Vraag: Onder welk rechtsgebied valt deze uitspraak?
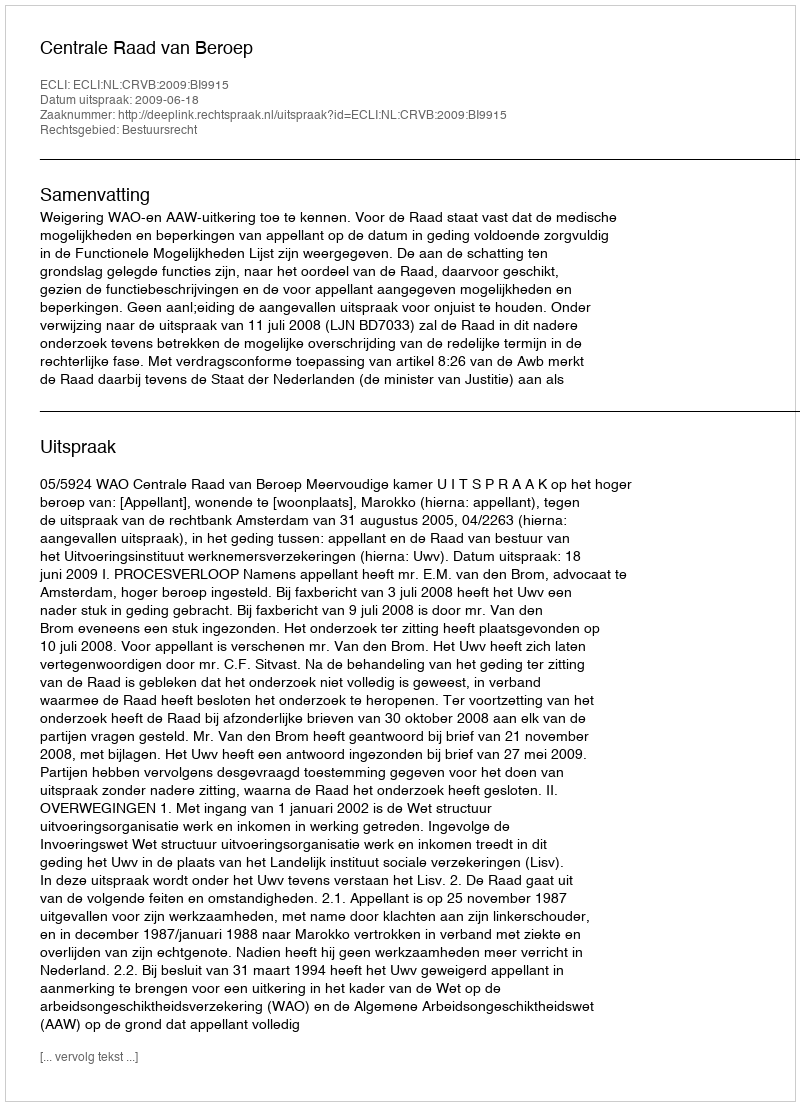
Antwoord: Bestuursrecht